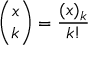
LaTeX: { \binom { x } { k } } = { \frac { ( x ) _ { k } } { k ! } }